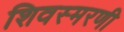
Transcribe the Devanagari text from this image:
शिवस्मरणी